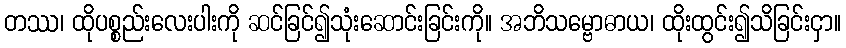
တဿ၊ ထိုပစ္စည်းလေးပါးကို ဆင်ခြင်၍သုံးဆောင်းခြင်းကို။ အဘိသမ္ဗောဓာယ၊ ထိုးထွင်း၍သိခြင်းငှာ။